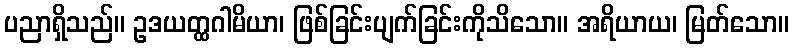
ပညာရှိသည်။ ဥဒယတ္ထဂါမိယာ၊ ဖြစ်ခြင်းပျက်ခြင်းကိုသိသော။ အရိယာယ၊ မြတ်သော။